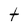
Character: t